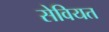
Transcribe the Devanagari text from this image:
सेवियत